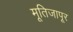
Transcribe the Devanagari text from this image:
मूतिजापूर